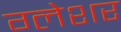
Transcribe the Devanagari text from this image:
ग्लेशर